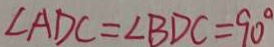
\angle A D C = \angle B D C = 9 0 ^ { \circ }